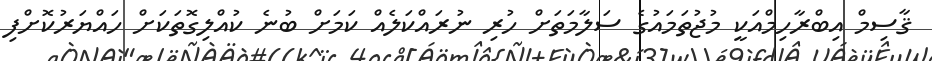
ޤާސިމް އިބްރާހިމްއަކީ މުޖުތަމައުގެ ސަލާމަތަށް ހުރި ނުރައްކަލެއް ކަމަށް ބުނެ ކުއްލިގޮތަކަށް ހައްޔަރުކޮށްފި